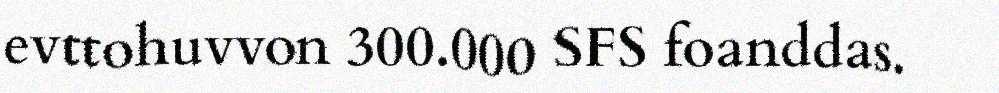
evttohuvvon 300.000 SFS foanddas.